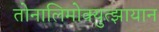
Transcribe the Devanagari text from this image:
तोनालिमोक्युत्झायान